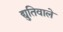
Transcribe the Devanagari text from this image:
द्युतिवाले